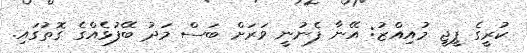
ކުރީގެ ޕީޖީ މުއިއްޒު: އޭނާ ފެނުނީ ވަރަށް ބަސް މަދު ބޭފުޅެއްގެ ގޮތުގައި.